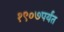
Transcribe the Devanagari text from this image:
१९०७पर्यंत